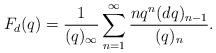
LaTeX: \begin{align*}F_d(q)=\frac{1}{(q)_{\infty}}\sum_{n=1}^{\infty}\frac{nq^n(dq)_{n-1}}{(q)_n}.\end{align*}